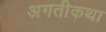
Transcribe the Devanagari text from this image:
अगतीकथा